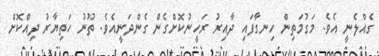
ގެއްލެނީ އެވެ. މަގުމަތިން ހިނގާފައި ދާއިރު ރަހީނުކޮށްގެން ގެންދަނީއެވެ. ތޫނު ހަތިޔާރު ދިއްކޮށް